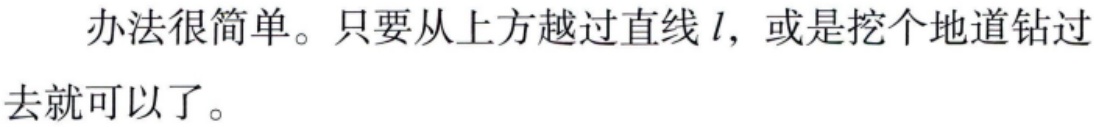
办法很简单。只要从上方越过直线\(l\)，或是挖个地道钻过去就可以了。